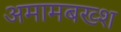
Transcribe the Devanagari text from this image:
अमामबख्श